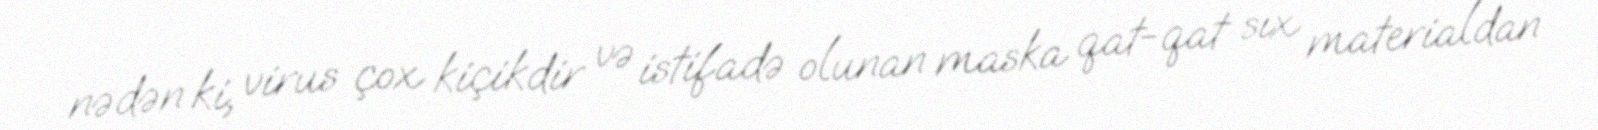
nədən ki, virus çox kiçikdir və istifadə olunan maska qat-qat sıx materialdan